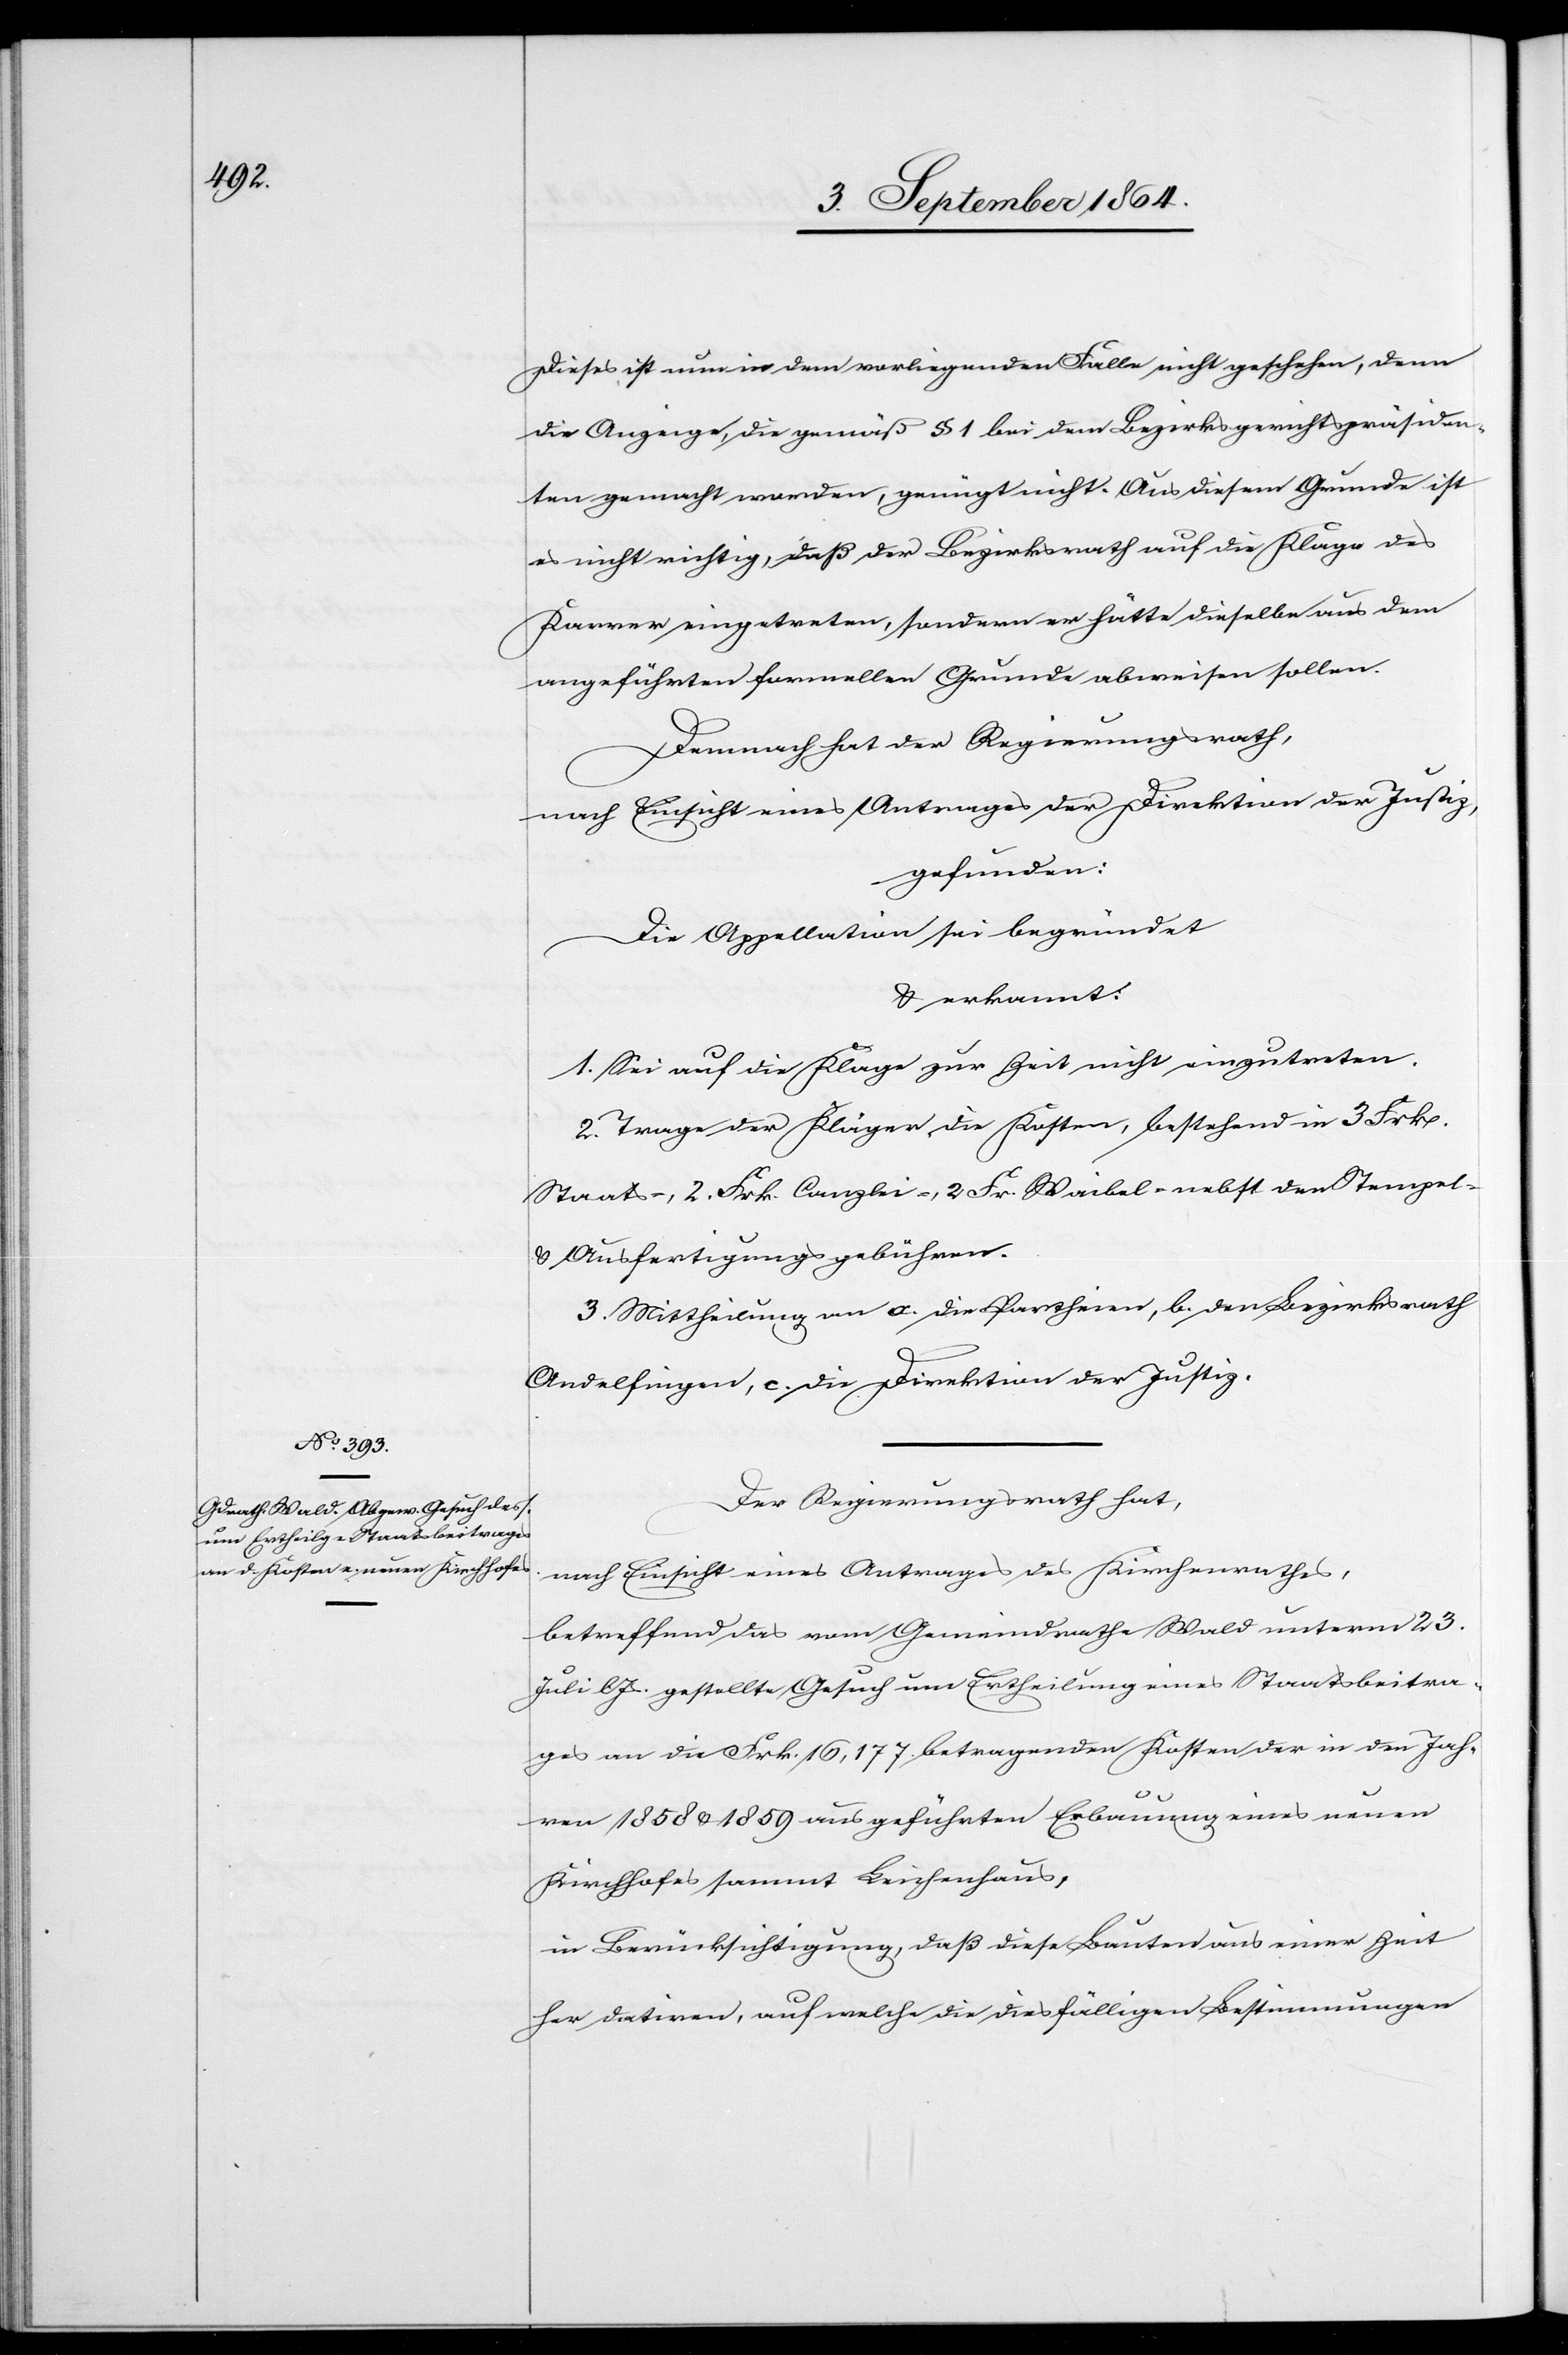
Dieses ist nun in dem vorliegenden Falle nicht geschehen, denn
die Anzeige, die gemäß § 1 bei dem Bezirksgerichtspräsiden¬
ten gemacht worden, genügt nicht. Aus diesem Grunde ist
es nicht richtig, daß der Bezirksrath auf die Klage des
Karrer eingetreten, sondern er hätte dieselbe aus dem
angeführten formellen Grunde abweisen sollen.
Demnach hat der Regierungsrath,
nach Einsicht eines Antrages der Direktion der Justiz,
gefunden:
Die Appellation sei begründet
& erkannt:
1. Sei auf die Klage zur Zeit nicht einzutreten.
2. Trage der Kläger die Kosten, bestehend in 3 Frk.
Staats-, 2 Frk. Canzlei-, 2 Frk. Waibel- nebst den Stempel-
& Ausfertigungsgebühren.
3. Mittheilung an a. die Partheien, b. den Bezirksrath
Andelfingen, c. die Direktion der Justiz.
Der Regierungsrath hat,
nach Einsicht eines Antrages des Kirchenrathes,
betreffend das vom Gemeindrathe Wald unterm 23.
Juli l. Js. gestellte Gesuch um Ertheilung eines Staatsbeitra¬
ges an die Frk. 16,177. betragenden Kosten der in den Jah¬
ren 1858 & 1859 ausgeführten Erbauung eines neuen
Kirchhofes sammt Leichenhaus,
in Berücksichtigung, daß diese Bauten aus einer Zeit
her datiren, auf welche die diesfälligen Bestimmungen